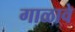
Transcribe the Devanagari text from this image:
गाळावे